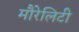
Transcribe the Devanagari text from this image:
मौरेलिटी